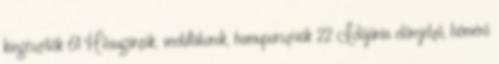
kiegészítők 61 Hősugárzók, ventillátorok, hamuporszívók 22 Időjárás előrejelző, hőmérő